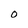
Character: O